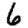
Digit: 6